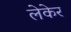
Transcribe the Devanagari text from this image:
लेकेर